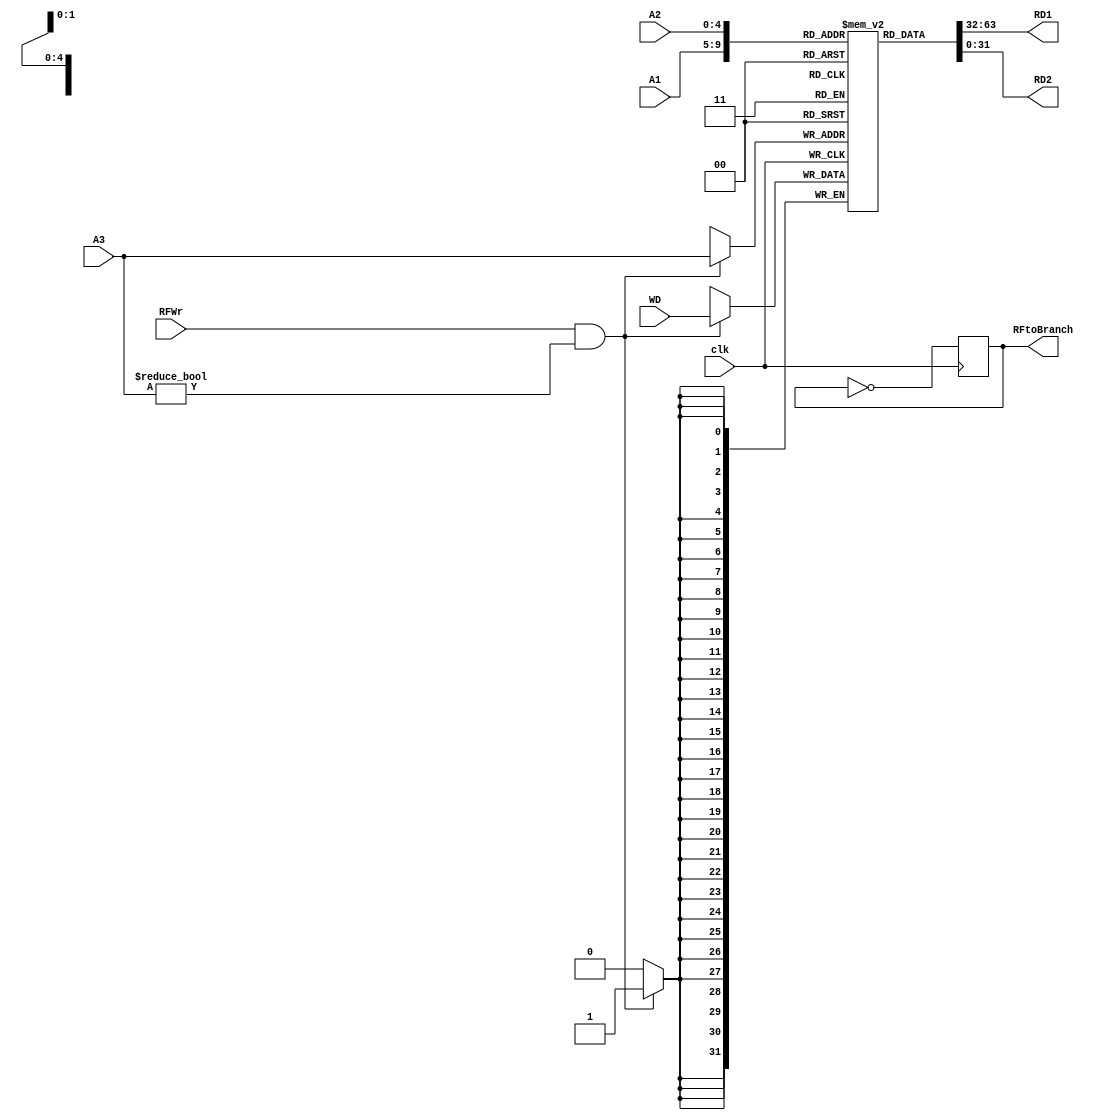
module RF(A1, A2, A3, WD, RFWr, clk, RD1, RD2, RFtoBranch);
  input [4:0]A1;
  input [4:0]A2;
  input [4:0]A3;
  input [31:0]WD;
  input RFWr;
  input clk;
  output reg [31:0]RD1;
  output reg [31:0]RD2;
  output reg RFtoBranch;
  
  reg[5:0] i;
  
  reg [31:0] data[31:0];
  initial
  begin
    RFtoBranch = 0;
    for (i=0;i<32;i=i+1)
      data[i]=32'b0;
    data[28]=32'h00001800;
    data[29]=32'h00002ffe;
  end 
  
  always @(A1 or A2 or data[A1] or data[A2])
  begin
    RD1<=data[A1];
    RD2<=data[A2];
  end
  
  always @(posedge clk)
  begin
  #1
  if (RFWr&&A3!=0)
    data[A3]=WD;
  RFtoBranch = ~RFtoBranch;
  end
endmodule